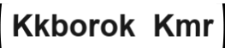
Kkborok  Kmr